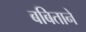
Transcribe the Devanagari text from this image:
बबिताने